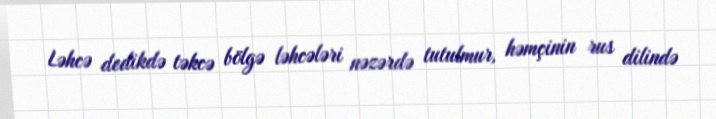
Ləhcə dedikdə təkcə bölgə ləhcələri nəzərdə tutulmur, həmçinin rus dilində